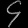
Digit: ၄